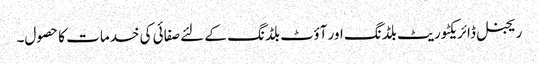
ریجنل ڈائریکٹوریٹ بلڈنگ اور آؤٹ بلڈنگ کے لئے صفائی کی خدمات کا حصول۔